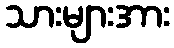
သားများအား